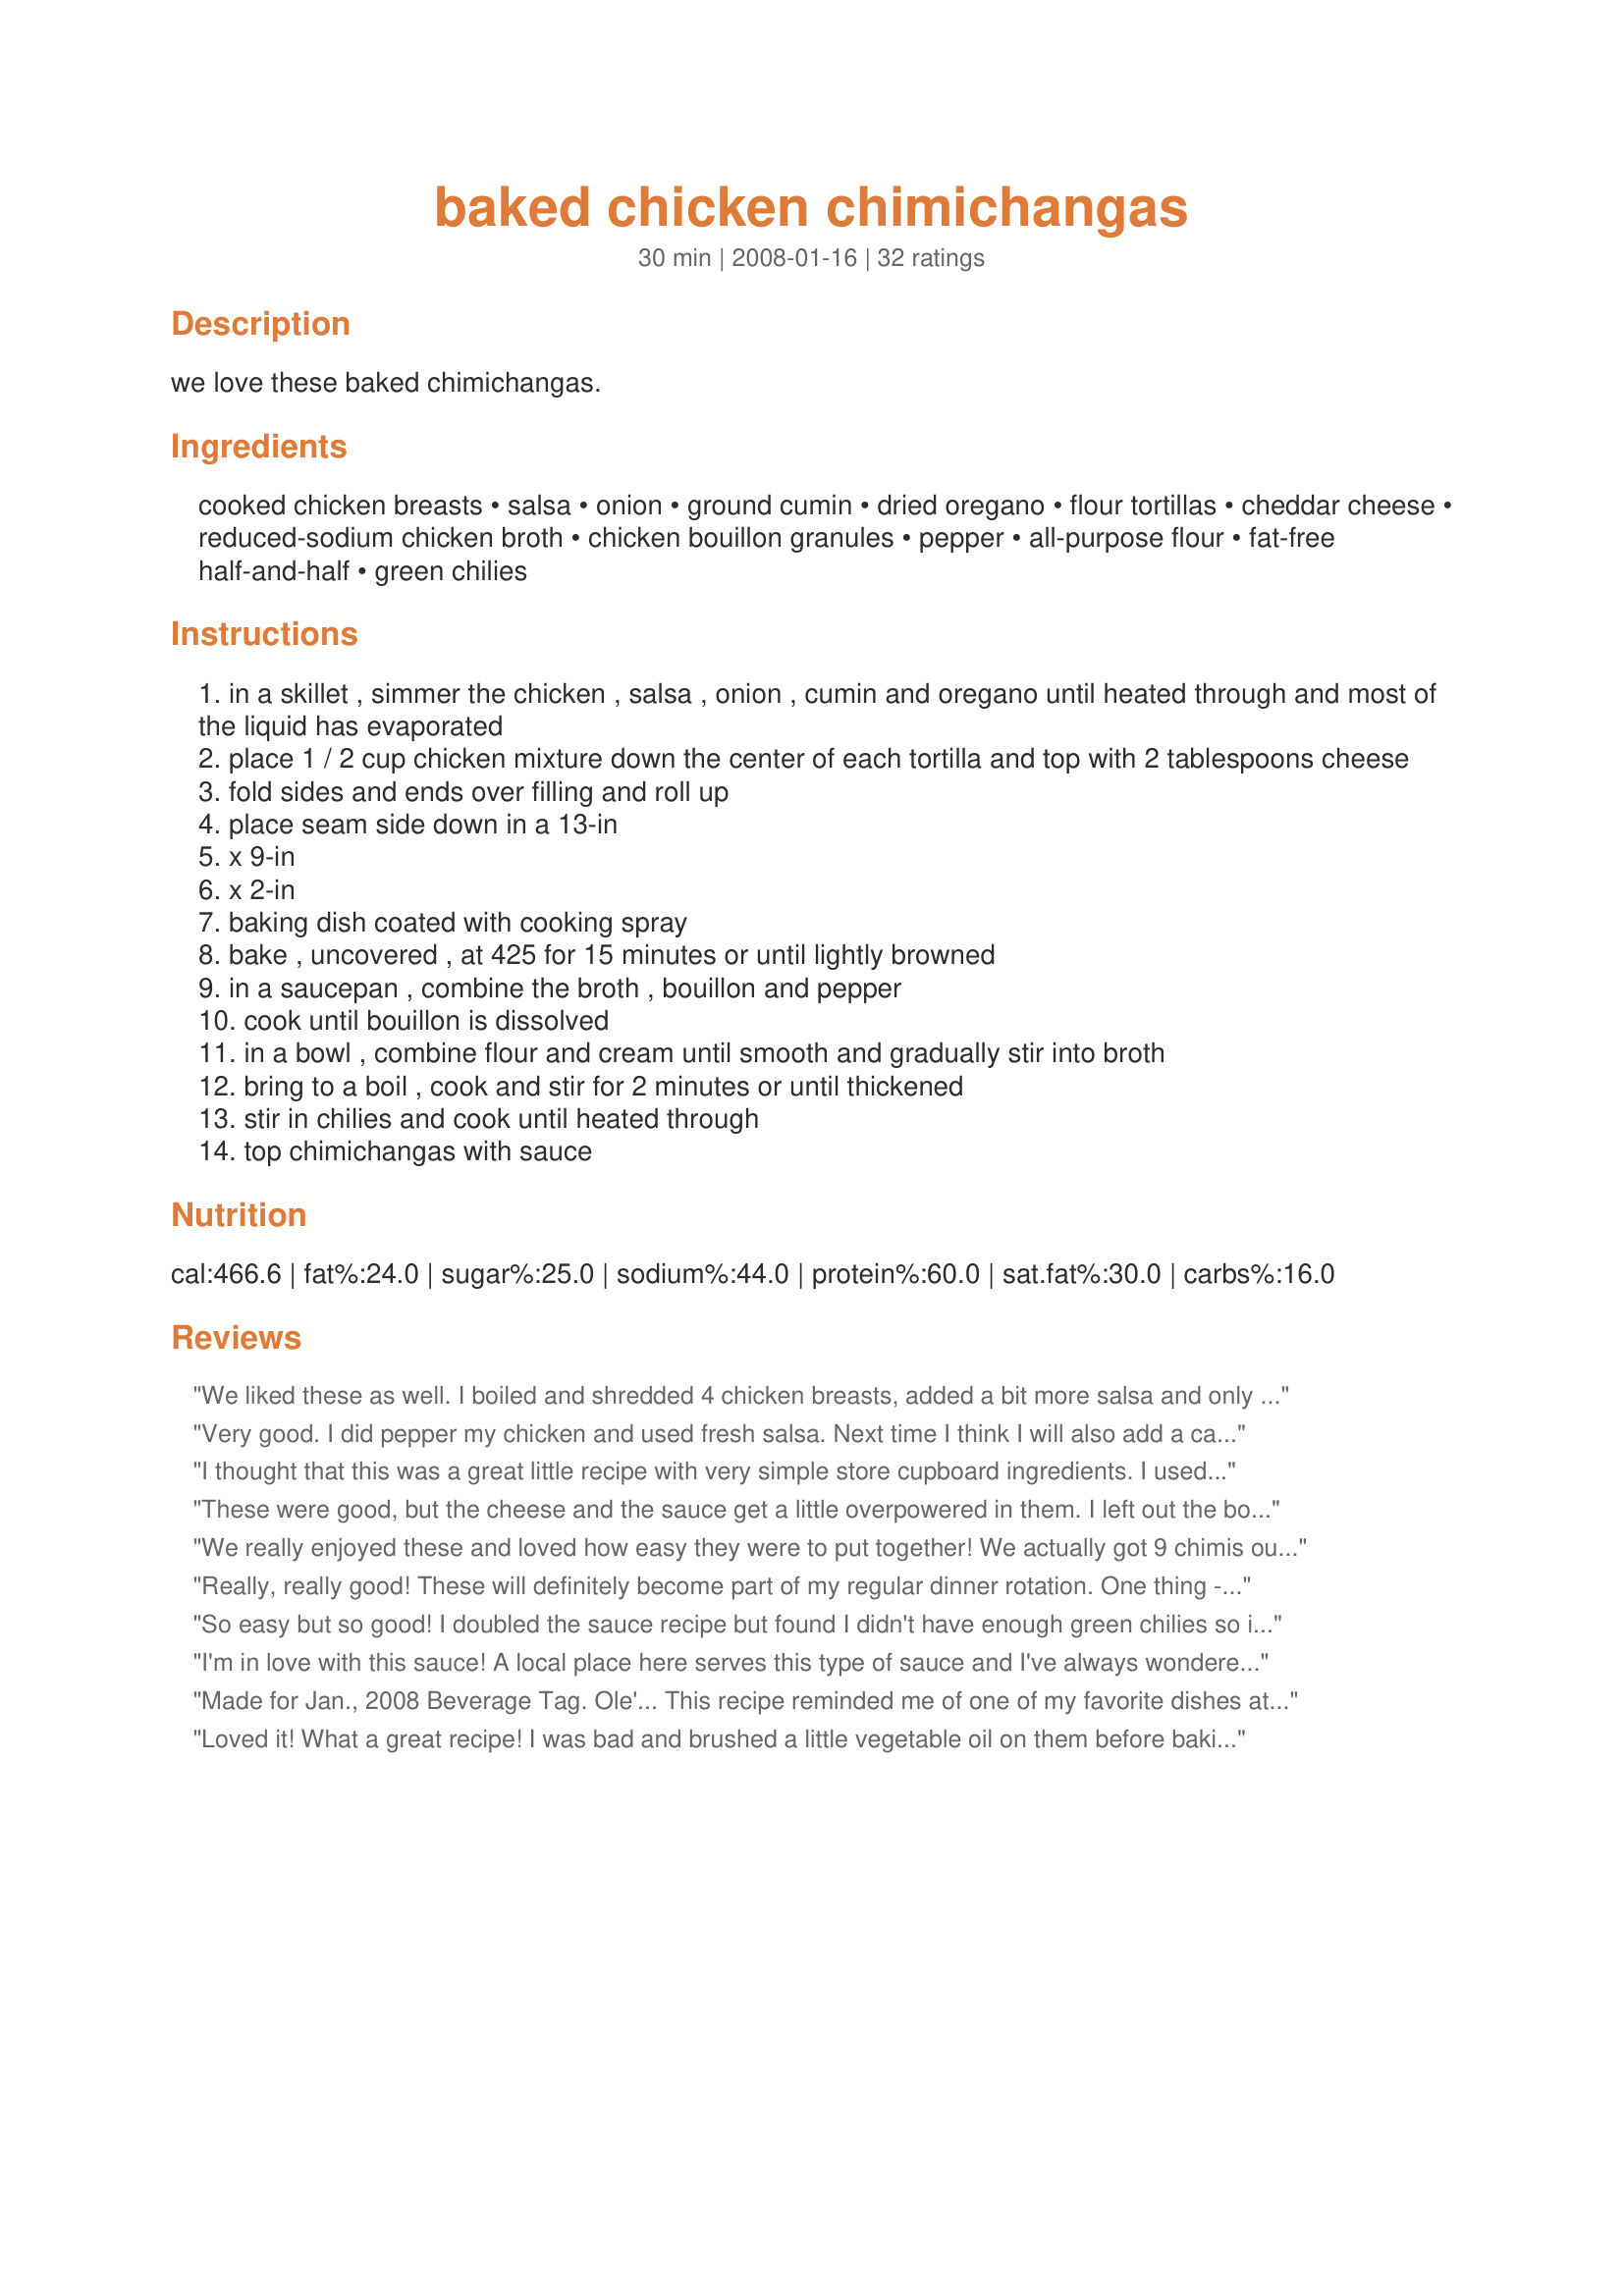
baked chicken chimichangas
Preparation time: 30 minutes

we love these baked chimichangas.

Ingredients:
cooked chicken breasts, salsa, onion, ground cumin, dried oregano, flour tortillas, cheddar cheese, reduced-sodium chicken broth, chicken bouillon granules, pepper, all-purpose flour, fat-free half-and-half, green chilies

Steps:
in a skillet , simmer the chicken , salsa , onion , cumin and oregano until heated through and most of the liquid has evaporated
place 1 / 2 cup chicken mixture down the center of each tortilla and top with 2 tablespoons cheese
fold sides and ends over filling and roll up
place seam side down in a 13-in
x 9-in
x 2-in
baking dish coated with cooking spray
bake , uncovered , at 425 for 15 minutes or until lightly browned
in a saucepan , combine the broth , bouillon and pepper
cook until bouillon is dissolved
in a bowl , combine flour and cream until smooth and gradually stir into broth
bring to a boil , cook and stir for 2 minutes or until thickened
stir in chilies and cook until heated through
top chimichangas with sauce

Reviews:
We liked these as well. I boiled and shredded 4 chicken breasts, added a bit more salsa and only used 4 tortilla's - we stuffed them full! Pretty tasty - next time maybe a bit more heat to the sauce and a bit less milk. Thanks for a great dinner.
Very good. I did pepper my chicken and used fresh salsa. Next time I think I will also add a can of chilies to the chicken mixture. I did not use fat-free half-and-half; I used regular half-and-half. Don't like the ingredients used in fat free stuff. Thanks for a great recipe. Made for Ausie Swap Days of Christmas.
I thought that this was a great little recipe with very simple store cupboard ingredients. I used skimmed (fat free) milk rather than half and half, and the sauce was still deliciously creamy, and I didn't feel compromised in any way.<br/>DH wasn't as keen as I thought he would be ( this kind of food is usually right up his street!) but he<br/>'d had a rough day,so I think that was a telling factor.<br/>I thought they were great, and really enjoyed them.<br/>A great variation on the usual chimi recipes-thanks.
These were good, but the cheese and the sauce get a little overpowered in them. I left out the bouillon so it wouldn't be too salty, and used 4 whole wheat tortillas. One each was very filling.
We really enjoyed these and loved how easy they were to put together! We actually got 9 chimis out of the recipe and found the flavors were even better in our leftovers! I did brush a small amount of olive oil on each of them before popping them into the oven. Then we just topped the ones we were eating with sauce and kept the rest separate so the leftovers wouldn't get soggy. By the way, I really loved the sauce. It's so creamy! Needless to say, we will be making these again and often! For us, these calculated out to about 6 WW points each with the sauce, based on our brands. Thanks for this delicious recipe!
Really, really good! These will definitely become part of my regular dinner rotation. One thing - I was in a hurry and forgot to microwave the tortillas in a wet paper towel before rolling, so they didn't actually roll ... they kinda folded and broke apart. I'm hoping making a note here will help me remember next time! Not too visually appealing but no impact on taste, of course! Didn't have canned chilis on hand so I added a couple tbls of tomatillo salsa to the white sauce and it was perfect.

OH - the best part, using 2% cheddar and "heart smart" flour tortillas, etc., this is only 6 WW pts each!
So easy but so good! I doubled the sauce recipe but found I didn't have enough green chilies so instead used 1/2 cup Herdez Salsa Verde. Everyone raved about how great they were. I had the chicken already cooked and shredded so from start to finish dinner was on the table in about 35 minutes!
I'm in love with this sauce! A local place here serves this type of sauce and I've always wondered what it was and now I have found it. This was easy to put together and very tasty. I followed the recipe with these exceptions: chicken stock and heavy cream. That's what I had here and needed to use them up. I also sprayed the Chimi's a little before baking them. When my DH asked what I was making and I told him he said "Oh no, not another new recipe!", then he sat and ate three of these and said I can make this again any time. I think I may have to make the sauce and try it on some other things. Thanks so much for the recipe. It will be a keeper in our house.
Made for Jan., 2008 Beverage Tag.
Ole'... This recipe reminded me of one of my favorite dishes at my favorite Mexican restaurant. The fact that they are baked is an added bonus. These were wonderfully easy to make and are definitely restaurant quality. Thanks for another keeper, bmcnichol.
Loved it! What a great recipe! I was bad and brushed a little vegetable oil on them before baking, and they turned out perfect, as did the sauce. We had company over tonight and everyone liked them. Thank you for posting Bonnette! Made for Zaar Stars Tag, see my rating system as I rate tougher than most.
These were so good! I used salt free chicken granules to cut down on the sodium. We loved the sauce and didn't find it overpowering at all. Never too much cheese either in my book! The kids went crazy over them too and we had no leftovers after lunch!
Great!
This was WONDERFUL!! It was easy but easily as good as the Mexican restaurants I've been to. Something I'll certainly repeat.
esquisito delicioso
Very good!
This was great! I used cooked chicken thighs for tenderness, fresh cilantro, mexican enchiliada shredded cheese . Served with Denise's Spanish Rice #20780 and Barb Witherspoon's Buffalo Chicken Dip # 79116 as an appetizer.
Absolutely delicious! This is one of our new favorites! Made exactly six servings for me. Didn't have green chilies so substitued 2/3 can of green enchilada sauce. Wonderful! Can't wait to make again!
Oh boy, were these delicious! I actually made these several nights ago, but held off on reviewing until I had a chance to use the leftover sauce. The chicken in these is so flavorful; I'm sure it is somewhat dependent on using a good salsa but, for us, it was delish. I was out of cumin (gasp!) so I made do with chili powder instead. We also got 9 enchiladas, as our whole wheat tortillas were a bit small. As others have said, though, the sauce is the real winner here. Warm but not too spicy, creamy but not overwhelmingly so. I loved it so much I dipped tortilla chips in it during our meal, and when we had leftovers decided we would have omelets for dinner the next night and smother them with the sauce. Made for a great inexpensive second dinner! Thanks so much for posting; this is absolutely a keeper. Made for PRMR.
These were great, hubby & I both enjoyed them. I used some leftover mountain bread as tortillas & used sour cream in the sauce as I had it to use up, served with mexican beand and a big salad, this was a delicious dinner. Thanks for posting!
This was simple fantastic next time I'll have to double the servings.
These chimichangas are fantastic! Very easy to make too. The chicken and combination of spices make these delicious, but the green chili sauce is what puts this recipe over the top. A new favorite at our house - we loved this recipe!!
We enjoyed these very much! Followed your instructions to the "T" exept right before putting them in the oven, I spritzed them with a little olive oil spray. They turned golden and crispy. The green chile sauce really made this recipe. The kids put a little extra cheese on top of theirs but gave it a "clean plate" rating. Success! Served with recipe # 282714. Delish! Made for ZWT5.
I was looking for something to make for dinner with ingredients I had on hand. When I came across this it was perfect because I had left over grilled chicken from the night before and an opened container of fat free half and half from soup I made for lunch. I was just a hair shy on the full cup of half and half so I just topped it off with milk. It worked perfectly. I used a mix of the left over Asiago and Shredded Cheddar cheeses. I also left the peppers out of the sauce because the salsa I used had some zip to it, and DD is not a fan of things that are really hot and spicy. I was quick and easy to make. I didn't eat any because I wasn't feeling well. But my family gave it 4 stars, even picky DD!
Went over well with whole family!
I loved this! I made half chicken and half ground beef, which my hubby prefers, and we both ate each type. I loved how crispy they got in the oven. I wasn't sure I'd like the sauce, and I used chili powder rather than canned chiles, but it was delicious! (even on the beef!) I ended up getting up twice to put more sauce on my plate while eating! This one's a keeper- thank you.
I made this exactly as posted. It needed a bit of something else. I didn't think it was spicy enough....might sub jalapenos instead of green chilies.
Very good! I didn't have quite enough chicken, so I spread some refried beans on each tortilla before putting the chicken mixture on. I also added a bit of sour cream to the sauce. Thanks for sharing!
Very good! The sauce was a very nice touch. It was a little salty for me, so I may play around a little with the proportions on the chicken broth, bouillon, and water to decrease that a little. Otherwise, it was easy and tasty. Thanks for sharing!
Made your recipe as given here & we had a wonderfully tasting dinner ~ Absolutely appreciate being able to bake these tasties instead of deep-frying them! Will be making them again from this great keeper of a recipe! [Tagged & made in Please Review My Recipe]
These were really great chicken chimis. Especially since they were done with a healthier cooking method! The tortillas still get a bit crispy since they are baked at 425 degrees...very nice! I think what made them extra special was the sauce. It was rich and thick with just a lil kick. Very nice recipe. Thanks, bmnichol. :-)
Yummy! Used leftover rotisserie chicken and regular half and half. Didn't have reduced sodium chicken broth, and the sauce was pretty salty. Quick to fix, even the picky kids ate them. Thanks for sharing the recipe!
Very Good!!! I am not big on Mexican food but these were delicious! Even DB who is so terribly picky loved them! I followed the recipe exactly as written and added a dollop of sour cream on top before serving. I will definitely make these again! Thanks bmcnichol for sharing this recipe! Made for ZWT5.
